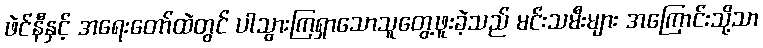
ဖဲင်နီနှင့် အရေးတော်ထဲတွင် ပါသွားကြရှာသောသူတွေ့ဖူးခဲ့သည် မင်းသမီးများ အကြောင်းသို့သာ